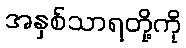
အနှစ်သာရတို့ကို